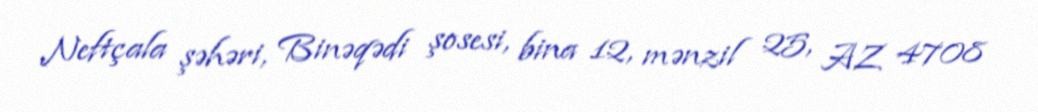
Neftçala şəhəri, Binəqədi şosesi, bina 12, mənzil 25, AZ 4708